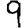
Digit: 9